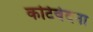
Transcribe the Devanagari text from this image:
कटिवेदना